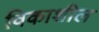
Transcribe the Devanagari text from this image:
विकाशील